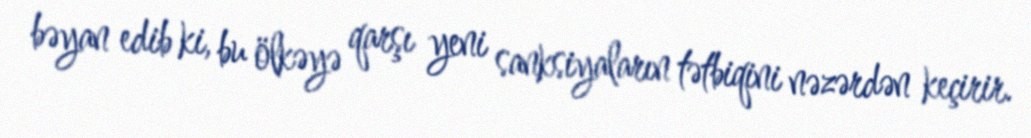
bəyan edib ki, bu ölkəyə qarşı yeni sanksiyaların tətbiqini nəzərdən keçirir.